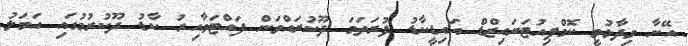
އޭނާ ވިދާޅުވީ ކޮމްޕިއުޓަރައިޒްޑް އައިޑީކާޑު ފުރަތަމަ ދޫކުރައްވަން ފައްޓަވާއިރު ކާޑު ދޫކުރުމުގައި އަމަލު